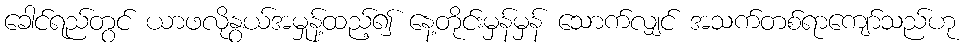
ခေါင်ရည်တွင် ယာဖလိုနွယ်အမှုန့်ထည့်၍ နေ့တိုင်းမှန်မှန် သောက်လျှင် အသက်တစ်ရာကျော်သည်ဟု